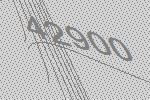
42900